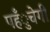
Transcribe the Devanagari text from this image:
पहँुचेगी